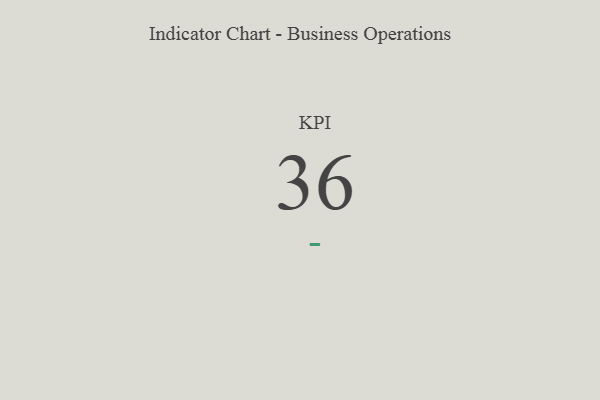
{"axis": {"x": "KPI", "y": "Value"}, "legend": [""], "data": [{"x": "KPI", "y": 36, "type": ""}]}